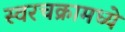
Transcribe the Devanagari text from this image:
स्वरचक्रामध्ये